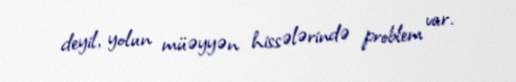
deyil, yolun müəyyən hissələrində problem var.